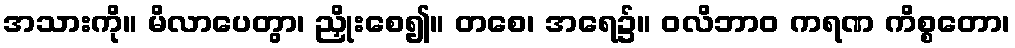
အသားကို။ မိလာပေတွာ၊ ညှိုးစေ၍။ တစေ၊ အရေ၌။ ဝလိဘာဝ ကရဏ ကိစ္စတော၊